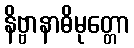
နိဗ္ဗာနာဓိမုတ္တော